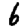
Digit: 6